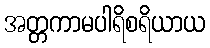
အတ္တကာမပါရိစရိယာယ